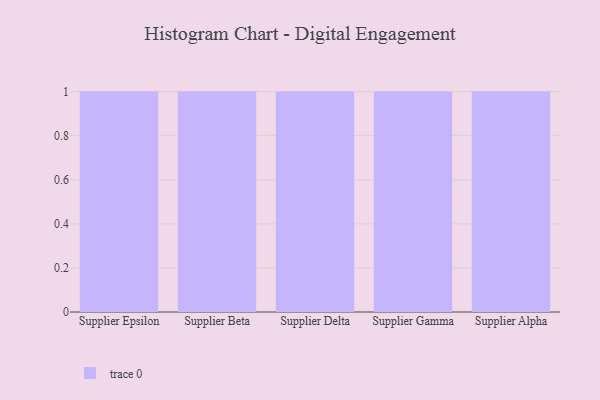
{"axis": {"x": "Supplier", "y": "Waste Production (Tons)"}, "legend": [""], "data": [{"x": "Supplier Epsilon", "y": 70, "type": ""}, {"x": "Supplier Beta", "y": 16, "type": ""}, {"x": "Supplier Delta", "y": 35, "type": ""}, {"x": "Supplier Gamma", "y": 92, "type": ""}, {"x": "Supplier Alpha", "y": 86, "type": ""}]}